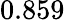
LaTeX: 0.859